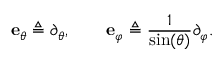
\mathbf { e } _ { \theta } \triangleq \partial _ { \theta } , \qquad \mathbf { e } _ { \varphi } \triangleq \frac { 1 } { \sin ( \theta ) } \partial _ { \varphi } .